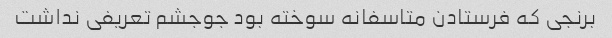
برنجی که فرستادن متاسفانه سوخته بود جوجشم تعریفی نداشت